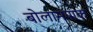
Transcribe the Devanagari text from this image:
बोलामपाक